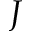
J